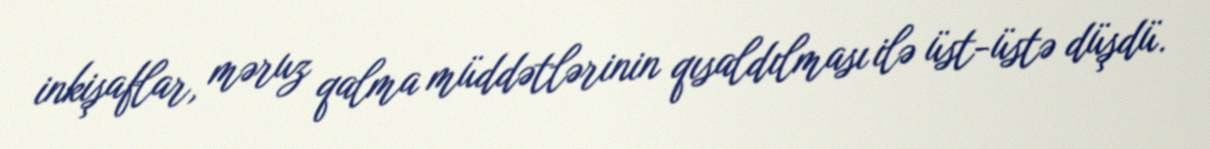
inkişaflar, məruz qalma müddətlərinin qısaldılması ilə üst-üstə düşdü.